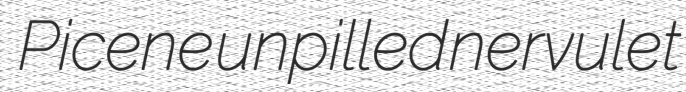
Picene unpilled nervulet